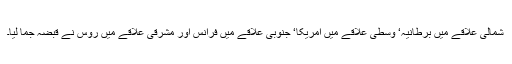
شمالی علاقے میں برطانیہ‘ وسطی علاقے میں امریکا‘ جنوبی علاقے میں فرانس اور مشرقی علاقے میں روس نے قبضہ جما لیا۔